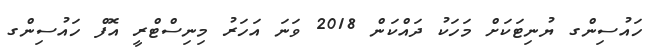
ހައުސިންގ ޔުނިޓަކަށް މަހަކު ދައްކަން 2018 ވަނަ އަހަރު މިނިސްޓްރީ އޮފް ހައުސިންގ